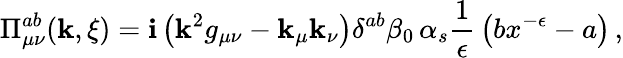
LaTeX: \Pi_{\mu\nu}^{ab}(\mathbf{k},\xi)=\mathbf{i}\left(\mathbf{k}^{2}g_{\mu\nu}-\mathbf{k}_{\mu}\mathbf{k}_{\nu}\right)\delta^{ab}\beta_{0}\, \alpha_{s}{\frac{{1}}{{\epsilon}}}\left(bx^{-\epsilon}-a\right)\, ,